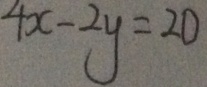
4 x - 2 y = 2 0